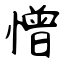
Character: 憎